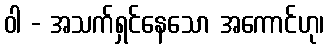
ဝါ - အသက်ရှင်နေသော အကောင်ဟု၊